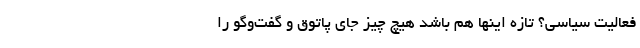
فعالیت سیاسی؟ تازه اینها هم باشد هیچ چیز جای پاتوق و گفت‌و‌گو را